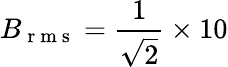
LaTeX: B_{\mathrm{~r~m~s~}}=\frac{1}{\sqrt{2}}\times 10